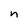
Character: n